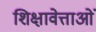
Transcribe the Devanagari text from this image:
शिक्षावेत्ताओं